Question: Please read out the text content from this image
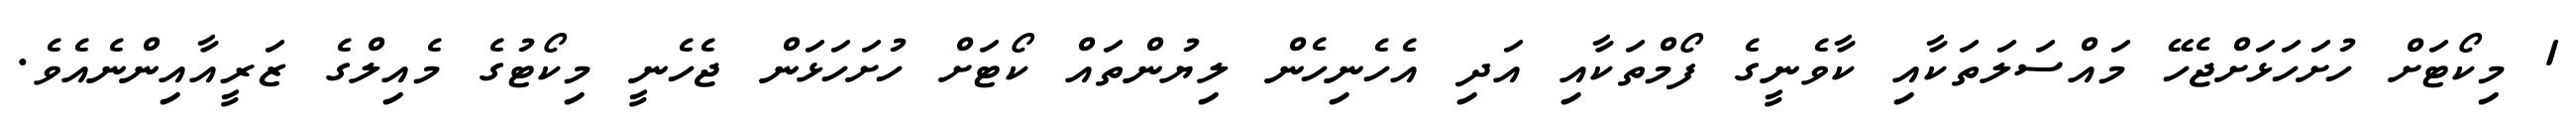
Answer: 1 މިކޯޓަށް ހުށަހަޅަށްޖެހޭ މައްސަލަތަކާއި ކާވެނީގެ ފޯމްތަކާއި އަދި އެހެނިހެން ލިޔުންތައް ކޯޓަށް ހުށަހަޅަން ޖެހެނީ މިކޯޓުގެ މެއިލްގެ ޒަރީއާއިންނެއެވެ.